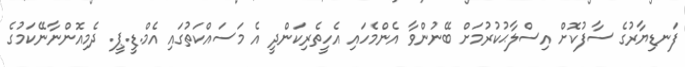
ފަނޑިޔާރުގެ ސާފުކޮށް އިސްލާޙުކުރުމަށް ބޭނުންވާ އެންމެހައި އެހީތެރިކަންދީ އެ މަސައްކަތުގައި އެމް.ޑީ.ޕީ. ދެމިއޮންނާނޭކަމުގެ